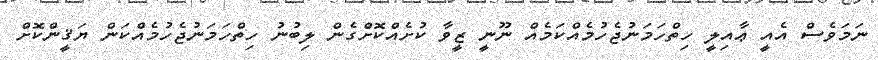
ނަމަވެސް އެއީ ޢާއިލީ ހިތްހަމަނުޖެހުމެއްކަމެއް ނޫނީ ޒީވާ ކުށެއްކޮށްގެން ލިބުނު ހިތްހަމަނުޖެހުމެއްކަން ޔަޤީންކޮށް